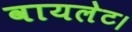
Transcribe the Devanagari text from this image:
वायलेट।